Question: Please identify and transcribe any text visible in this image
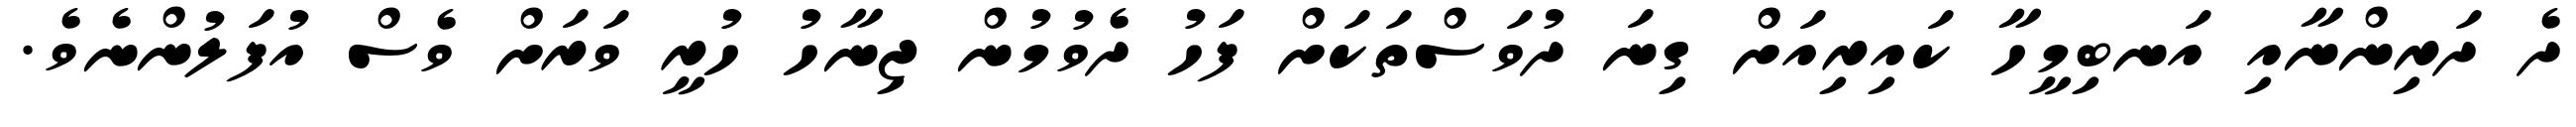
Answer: ދެ ދަރިންނާއި އަނބިމީހާ ކައިރިއަށް ގިނަ ދުވަސްތަކަށް ފަހު ދެވުމުން ޖިނާހު ހުރީ ވަރަށް ވެސް އުފަލުންނެވެ.